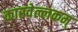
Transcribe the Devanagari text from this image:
कारवेल्लकम्‌